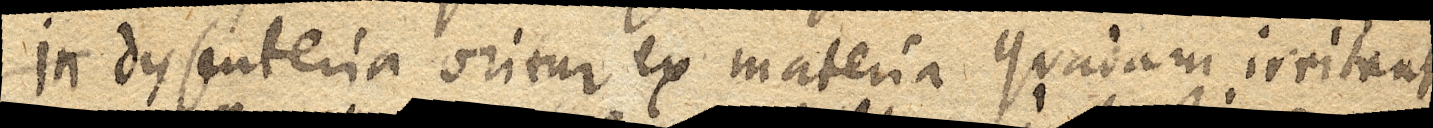
In dysenteria oritur ex materia quadam irritante